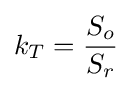
k_{T}={\frac {S_{o}}{S_{r}}}